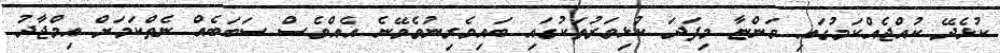
ކުޅެދޭ ކުއްޖެއްކަމުގައި ވަންޏާ މިފަދަ ކުޅިވަރުތަކުގައި ބައިވެރިނުވެވޭނެ އެއްވެސް ސަބަބެއް ނެތްކަމަށް އިމްޖާދު